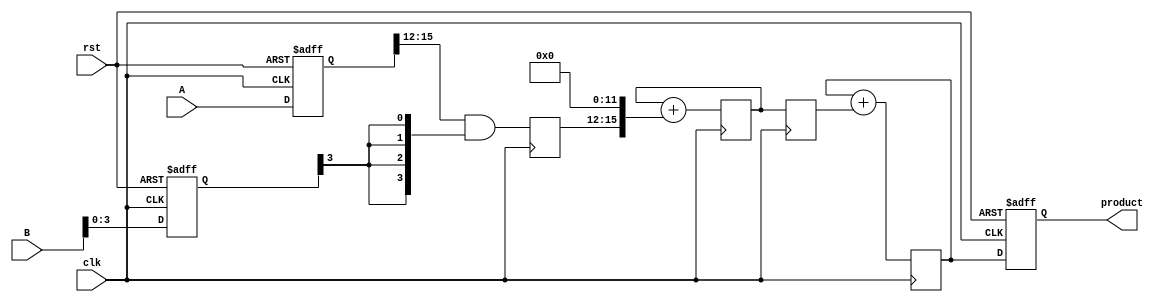
module pipelined_sliced_multiplier (
    input wire clk,
    input wire rst,
    input wire [15:0] A,
    input wire [15:0] B,
    output reg [31:0] product
);

    // Parameters
    parameter SLICE_WIDTH = 4;
    parameter NUM_SLICES = 4;

    // Internal signals
    reg [15:0] A_reg, B_reg;
    reg [3:0] partial_products[NUM_SLICES-1:0][NUM_SLICES-1:0];
    reg [31:0] sum[NUM_SLICES-1:0];
    reg [31:0] final_sum;

    // Pipeline registers
    reg [31:0] pp_stage[NUM_SLICES-1:0];
    reg [31:0] sum_stage[NUM_SLICES-1:0];

    // Control logic
    integer i, j;

    // Input registers
    always @(posedge clk or posedge rst) begin
        if (rst) begin
            A_reg <= 16'b0;
            B_reg <= 16'b0;
        end else begin
            A_reg <= A;
            B_reg <= B;
        end
    end

    // Partial product generation
    always @(posedge clk) begin
        for (i = 0; i < NUM_SLICES; i = i + 1) begin
            for (j = 0; j < NUM_SLICES; j = j + 1) begin
                partial_products[i][j] <= (A_reg[i*SLICE_WIDTH +: SLICE_WIDTH] & {SLICE_WIDTH{B_reg[j]}});
            end
        end
    end

    // Sum partial products
    always @(posedge clk) begin
        for (i = 0; i < NUM_SLICES; i = i + 1) begin
            sum[i] <= 0;
            for (j = 0; j < NUM_SLICES; j = j + 1) begin
                sum[i] <= sum[i] + (partial_products[i][j] << (j * SLICE_WIDTH));
            end
        end
    end

    // Pipeline stage for summing
    always @(posedge clk) begin
        for (i = 0; i < NUM_SLICES; i = i + 1) begin
            pp_stage[i] <= sum[i];
        end
    end

    // Final summation
    always @(posedge clk) begin
        final_sum <= 0;
        for (i = 0; i < NUM_SLICES; i = i + 1) begin
            final_sum <= final_sum + pp_stage[i];
        end
    end

    // Output register
    always @(posedge clk or posedge rst) begin
        if (rst) begin
            product <= 32'b0;
        end else begin
            product <= final_sum;
        end
    end

endmodule